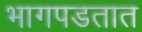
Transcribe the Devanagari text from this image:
भागपडतात